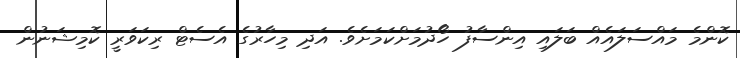
ކޮންމެ މައްސަލައެއް ބަލައި އިންސާފު ހޯދުމަށްކަމަށެވެ. އަދި މިހާރުގެ އެސެޓް ރިކަވަރީ ކޮމިޝަނުން